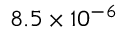
8 . 5 \times 1 0 ^ { - 6 }